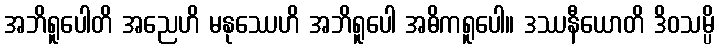
အဘိရူပေါတိ အညေဟိ မနုဿေဟိ အဘိရူပေါ အဓိကရူပေါ။ ဒဿနီယောတိ ဒိဝသမ္ပိ